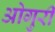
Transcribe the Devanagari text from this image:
ओगुरी